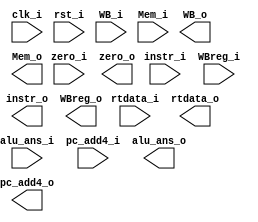
module MEM_register (clk_i, rst_i, instr_i, WB_i, Mem_i,  zero_i, alu_ans_i, rtdata_i, WBreg_i,pc_add4_i, instr_o, WB_o, Mem_o,  zero_o, alu_ans_o, rtdata_o, WBreg_o,pc_add4_o);

	input clk_i;
	input rst_i;
	input [31:0] instr_i;
	input [2:0] WB_i;
	input [2:0] Mem_i;
	input zero_i;
	input [31:0] alu_ans_i;
	input [31:0] rtdata_i;
	input [4:0] WBreg_i;
	input [31:0] pc_add4_i;
	
	output reg [31:0] instr_o;
	output reg [2:0] WB_o;
	output reg [2:0] Mem_o;
	output reg zero_o;
	output reg [31:0] alu_ans_o;
	output reg [31:0] rtdata_o;
	output reg [4:0] WBreg_o;
	output reg [31:0] pc_add4_o;


endmodule